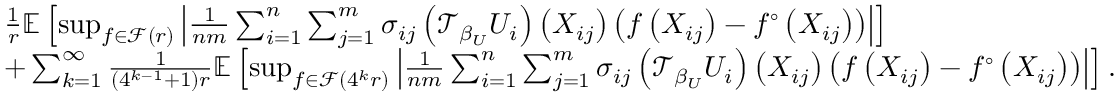
\begin{array} { r l } & { \frac { 1 } { r } \mathbb { E } \left[ \operatorname* { s u p } _ { f \in \mathcal { F } ( r ) } \left| \frac { 1 } { n m } \sum _ { i = 1 } ^ { n } \sum _ { j = 1 } ^ { m } \sigma _ { i j } \left( \mathcal { T } _ { \beta _ { U } } U _ { i } \right) \left( X _ { i j } \right) \left( f \left( X _ { i j } \right) - f ^ { \circ } \left( X _ { i j } \right) \right) \right| \right] } \\ & { + \sum _ { k = 1 } ^ { \infty } \frac { 1 } { ( 4 ^ { k - 1 } + 1 ) r } \mathbb { E } \left[ \operatorname* { s u p } _ { f \in \mathcal { F } ( 4 ^ { k } r ) } \left| \frac { 1 } { n m } \sum _ { i = 1 } ^ { n } \sum _ { j = 1 } ^ { m } \sigma _ { i j } \left( \mathcal { T } _ { \beta _ { U } } U _ { i } \right) \left( X _ { i j } \right) \left( f \left( X _ { i j } \right) - f ^ { \circ } \left( X _ { i j } \right) \right) \right| \right] . } \end{array}